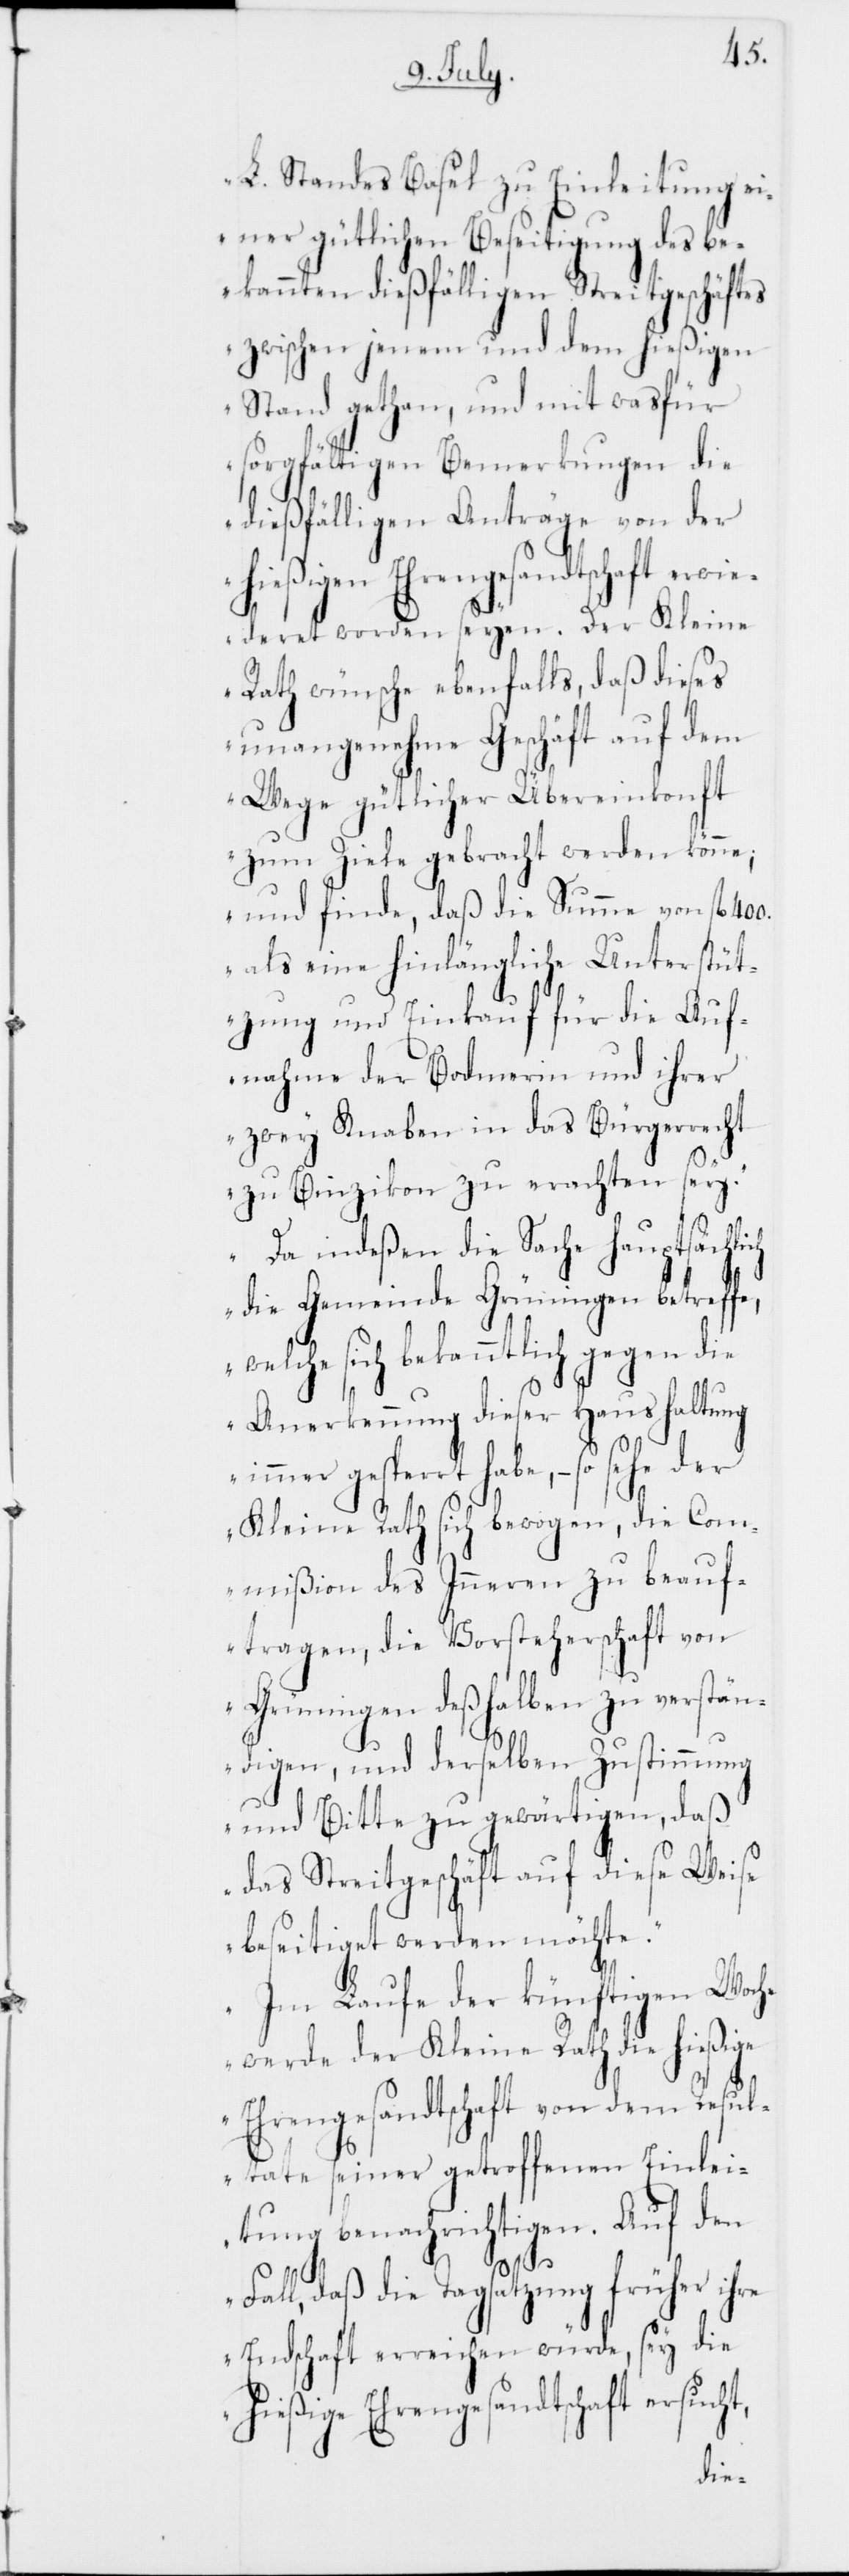
L. Standes Basel zu Einleitung ei¬
ner gütlichen Beseitigung des b¬
ekannten dießfälligen Streitgeschäftes
zwischen jenem und dem hießigen
Stand gethan, und mit was für
sorgfältigen Bemerkungen die
dießfälligen Anträge von der
hießigen Ehrengesandtschaft erwi¬
immer
ederet worden seyen. Der
Rath wünsche ebenfalls, daß dieses
unangenehme Geschäft auf dem
Wege gütlicher Übereinkonft
zum Ziele gebracht werden könne;
und finde, daß die Summe von fl. 400.
als eine hinlängliche Unterstüt¬
zung und Einkauf für die Auf¬
nahme der Bodmerin und ihrer
zwey Knaben in das Bürgerrecht
zu Binzikon zu erachten sey.“
„Da indeßen die Sache hauptsächlich
die Gemeinde Grüningen betreff¬
welche sich bekanntlich gegen die
Anerkennung dieser Haushaltung
gesperrt habe, – so sehe der
Kleine Rath sich bewogen, die Com¬
mißion des Inneren zu beau¬
ftragen, die Vorsteherschaft von
Grüningen deßhalben zu verstän¬
digen, und derselben Zustimmung
und Bitte zu gewärtigen, daß
das Streitgeschäft auf diese Weise
beseitiget werden möchte.“
„Im Laufe der künftigen Woche
werde der Kleine Rath die hießige
Ehrengesandtschaft von dem Resul¬
tate seiner getroffenen Einlei¬
tung benachrichtigen. Auf den
Fall, daß die Tagsatzung früher ihre
Endschaft erreichen würde, sey die
hießige Ehrengesandtschaft ersucht,